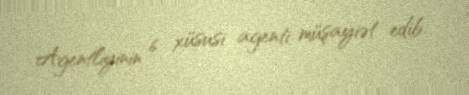
Agentliyinin 6 xüsusi agenti müşayiət edib.